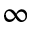
\infty